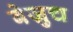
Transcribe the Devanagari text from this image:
बेज्रुच